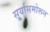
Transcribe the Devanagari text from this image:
सू्र्यासमोरून